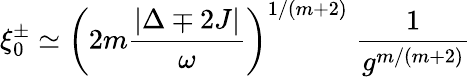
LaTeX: \xi_{0}^{\pm}\simeq\left(2m\frac{|\Delta\mp 2J|}{\omega}\right)^{1/(m+2)}\; \frac{1}{g^{m/(m+2)}}